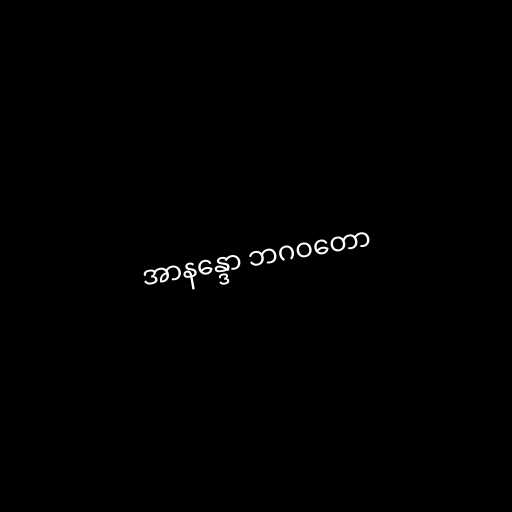
အာနန္ဒော ဘဂဝတော